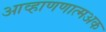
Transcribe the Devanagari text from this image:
आव्हाणणात्मअक